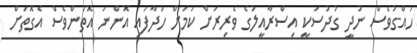
ހައްގުވެސް ނުދީ ގުދުސަކީ އިސްރާއީލުގެ ވެރިރަށް ކަމަށް ހަދާފައި އޮންނަ އޮތުންވެސް އެގޮތަށް